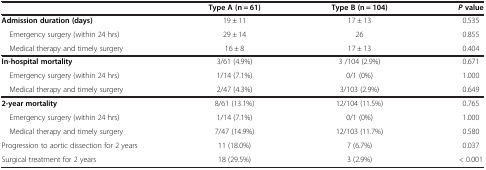
<table><thead><tr><td><b> </b></td><td><b>Type A (n = 61)</b></td><td><b>Type B (n = 104)</b></td><td><b><i>P </i>value</b></td></tr></thead><tbody><tr><td><b>Admission duration (days)</b></td><td>19 ± 11</td><td>17 ± 13</td><td>0.535</td></tr><tr><td> Emergency surgery (within 24 hrs)</td><td>29 ± 14</td><td>26</td><td>0.855</td></tr><tr><td> Medical therapy and timely surgery</td><td>16 ± 8</td><td>17 ± 13</td><td>0.404</td></tr><tr><td><b>In-hospital mortality</b></td><td>3/61 (4.9%)</td><td>3 /104 (2.9%)</td><td>0.671</td></tr><tr><td> Emergency surgery (within 24 hrs)</td><td>1/14 (7.1%)</td><td>0/1 (0%)</td><td>1.000</td></tr><tr><td> Medical therapy and timely surgery</td><td>2/47 (4.3%)</td><td>3/103 (2.9%)</td><td>0.649</td></tr><tr><td><b>2-year mortality</b></td><td>8/61 (13.1%)</td><td>12/104 (11.5%)</td><td>0.765</td></tr><tr><td> Emergency surgery (within 24 hrs)</td><td>1/14 (7.1%)</td><td>0/1 (0%)</td><td>1.000</td></tr><tr><td> Medical therapy and timely surgery</td><td>7/47 (14.9%)</td><td>12/103 (11.7%)</td><td>0.580</td></tr><tr><td>Progression to aortic dissection for 2 years</td><td>11 (18.0%)</td><td>7 (6.7%)</td><td>0.037</td></tr><tr><td>Surgical treatment for 2 years</td><td>18 (29.5%)</td><td>3 (2.9%)</td><td>&lt; 0.001</td></tr></tbody></table>